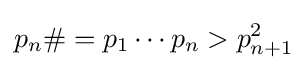
p_{n}\#=p_{1}\cdots p_{n}>p_{n+1}^{2}